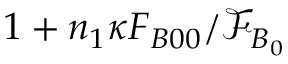
1 + n _ { 1 } \kappa F _ { B 0 0 } / \mathcal { F } _ { B _ { 0 } }